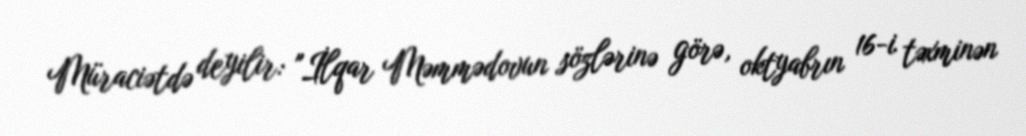
Müraciətdə deyilir: "İlqar Məmmədovun sözlərinə görə, oktyabrın 16-i təxminən